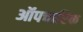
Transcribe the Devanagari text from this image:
ऑपचारिक